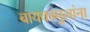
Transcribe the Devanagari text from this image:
बायकांमुलांना